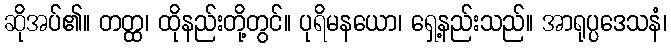
ဆိုအပ်၏။ တတ္ထ၊ ထိုနည်းတို့တွင်။ ပုရိမနယော၊ ရှေ့နည်းသည်။ အာရုပ္ပဒေသနံ၊